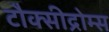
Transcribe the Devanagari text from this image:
टौक्सीद्रोम्स